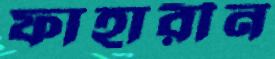
ফাহারীন